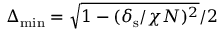
\Delta _ { \mathrm { m i n } } = \sqrt { 1 - ( \delta _ { \mathrm { s } } / \chi N ) ^ { 2 } } / 2